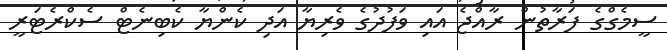
ސީމެގްގެ ފަރާތުން ރާއްޖެ އައި ވަފުދުގެ ވެރިޔާ އަދި ކެންޔާ ކެބިނެޓް ސެކްރެޓަރީ